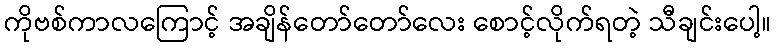
ကိုဗစ်ကာလကြောင့် အချိန်တော်တော်လေး စောင့်လိုက်ရတဲ့ သီချင်းပေါ့။